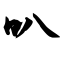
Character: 叭